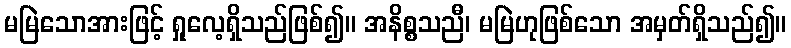
မမြဲသောအားဖြင့် ရှုလေ့ရှိသည်ဖြစ်၍။ အနိစ္စသညီ၊ မမြဲဟုဖြစ်သော အမှတ်ရှိသည်၍။